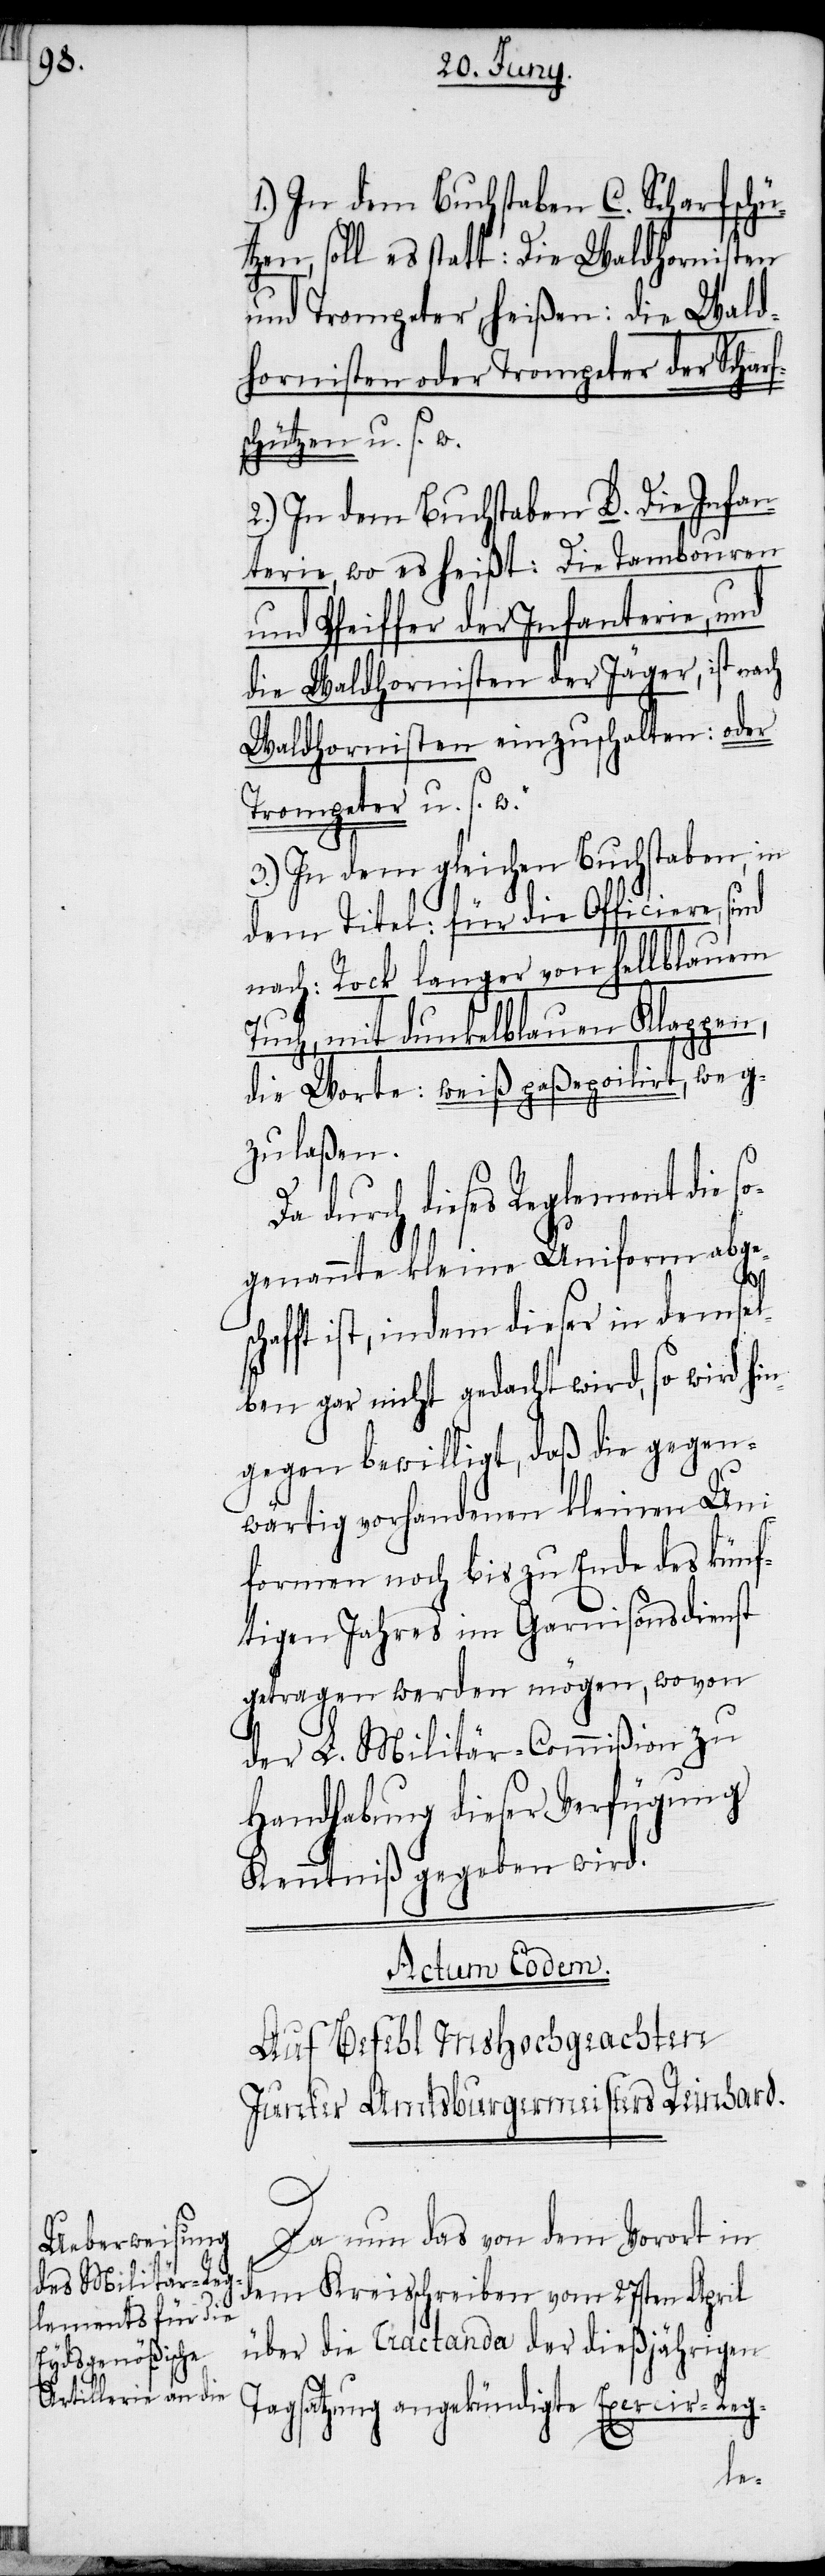
1.) In dem Buchstaben C. Scharfschü¬
tzen, soll es statt: Die Waldhornisten
und Trompeter, heißen: die Wald¬
hornisten oder Trompeter der Scharf¬
chützen u. s. w.
2.) In dem Buchstaben D. Die Infan¬
terie, wo es heißt: Die Tambouren
und Pfeiffer der Infanterie, und
die Waldhornisten der Jäger, ist nach
Waldhornisten einzuschalten: oder
Trompeter u. s. w.
3.) In dem gleichen Buchstaben, in
dem Titel: für die Officiere, sind
nach: Rock langer von hellblauem
Tuch, mit dunkelblauen Klappen,
die Worte: weiß paßepoilirt, weg¬
zulaßen.
Da durch dieses Reglement die s¬
ogenannte kleine Uniform abges¬
fft ist, indem dieser in demsel¬
ben gar nicht gedacht wird, so wird hi¬
ngegen bewilligt, daß die gegen¬
wärtig vorhandenen kleinen Uni¬
formen noch bis zu Ende des künf¬
tigen Jahres im Garnisonsdienst
getragen werden mögen, wovon
der L. Militär-Commißion zu
Handhabung dieser Verfügung
Kenntniß gegeben wird.
Actum Eodem.
Auf Befehl MsHochgeachten
Junker Amtsburgermeisters Reinhard.
Da nun das von dem Vorort in
dem Kreisschreiben vom 27sten April
über die Tractanda der dießjährigen
Tagsatzung angekündigte Exercir-Reg-
cha¬